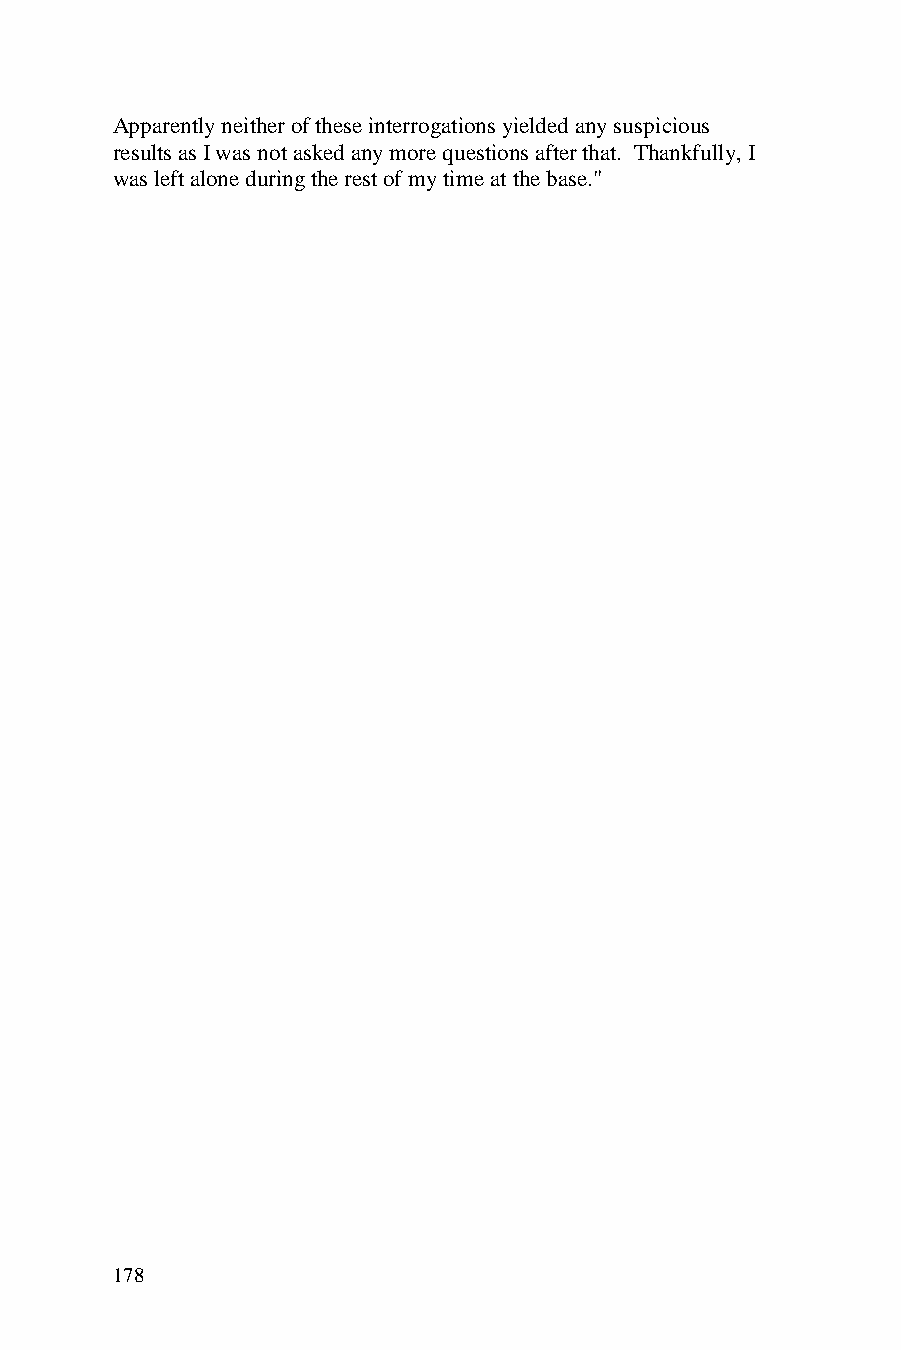
Apparently neither of these interrogations yielded any suspicious
 results as I was not asked any more questions after that. Thankfully, I
 was left alone during the rest of my time at the base."
 178